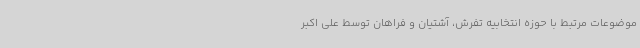
موضوعات مرتبط با حوزه انتخابیه تفرش، آشتیان و فراهان توسط علی اکبر